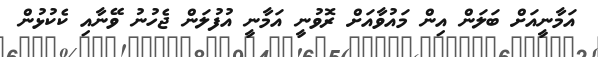
އަމާނީއަށް ބަލަން އިން މައުވާއަށް ރޮވުނީ އަމާނީ އުފުލަން ޖެހުނު ވޭނާއި ކެކުޅުން